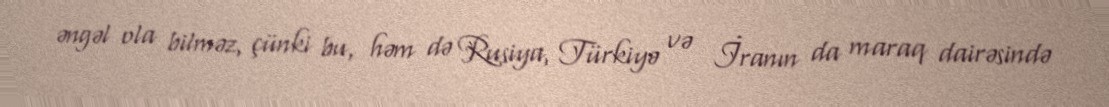
əngəl ola bilməz, çünki bu, həm də Rusiya, Türkiyə və İranın da maraq dairəsində